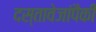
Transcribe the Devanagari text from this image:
दस्तावेजांपैकी